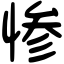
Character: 惨